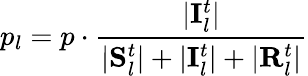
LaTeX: p_{l}=p\cdot\frac{|\mathbf{I}_{l}^{t}|}{|\mathbf{S}_{l}^{t}|+|\mathbf{I}_{l}^{t}|+|\mathbf{R}_{l}^{t}|}